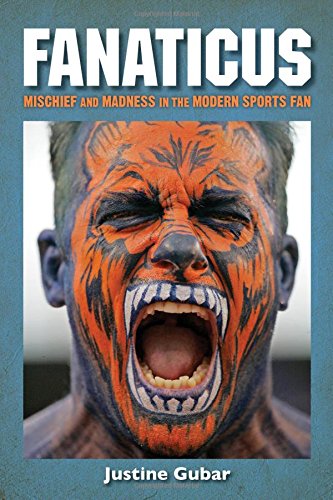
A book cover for Fanaticus: Mischief and Madness in the Modern Sports Fan; Justine Gubar; Sports & Outdoors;